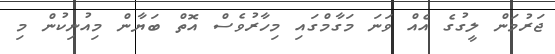
ޖަރުމަން ލީގުގެ އެއް ވަނަ މަގާމްގައި މިހާރުވެސް އޮތް ބަޔާން މިއުނިކުން މި